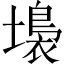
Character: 𡑩